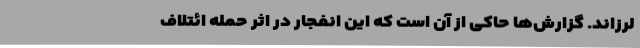
لرزاند. گزارش‌ها حاکی از آن است که این انفجار در اثر حمله ائتلاف